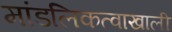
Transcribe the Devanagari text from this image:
मांडलिकत्वाखाली